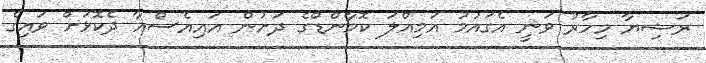
ރަޝިޔާ މިހާރު ވަނީ އެގައުމު އަމިއްލަ ކޮމާންޑްގެ ދަށުން އައިއެސްއާ ދެކޮޅަށް ވައިގެ